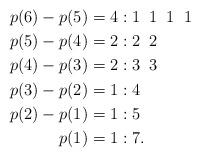
\begin{align*}p(6)-p(5)=4:&\;1\;\;1\;\;1\;\;1\\p(5)-p(4)=2:&\;2\;\;2\\p(4)-p(3)=2:&\;3\;\;3\\p(3)-p(2)=1:&\;4\\p(2)-p(1)=1:&\;5\\p(1)=1:&\;7.\end{align*}